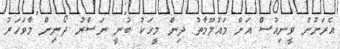
އެރަށުން ވީނިއުސް އަށް މައުލޫމާތު ދިން މީހަކު ބުނީ ނަސްރު ދޯނިން މާވަހަރު